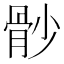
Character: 𩨡